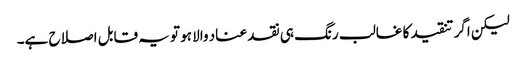
لیکن اگر تنقید کا غالب رنگ ہی نقد عناد والا ہو تو یہ قابل اصلاح ہے۔